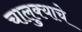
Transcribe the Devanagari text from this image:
चालुक्याचे